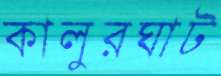
কালুরঘাট